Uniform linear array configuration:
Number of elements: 16
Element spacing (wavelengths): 0.75
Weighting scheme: hann
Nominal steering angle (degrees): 60
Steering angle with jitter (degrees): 61.056
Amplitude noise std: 0.05
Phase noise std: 0.05

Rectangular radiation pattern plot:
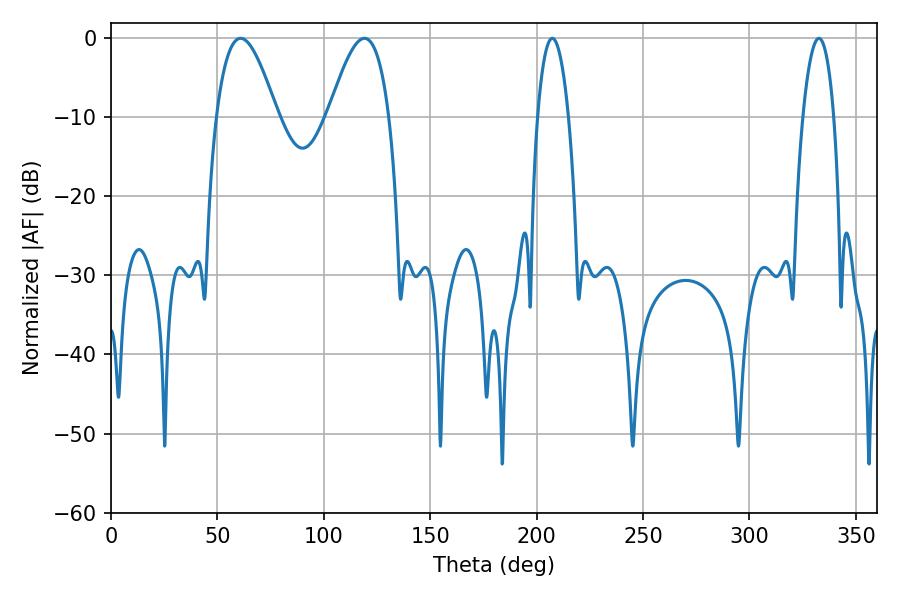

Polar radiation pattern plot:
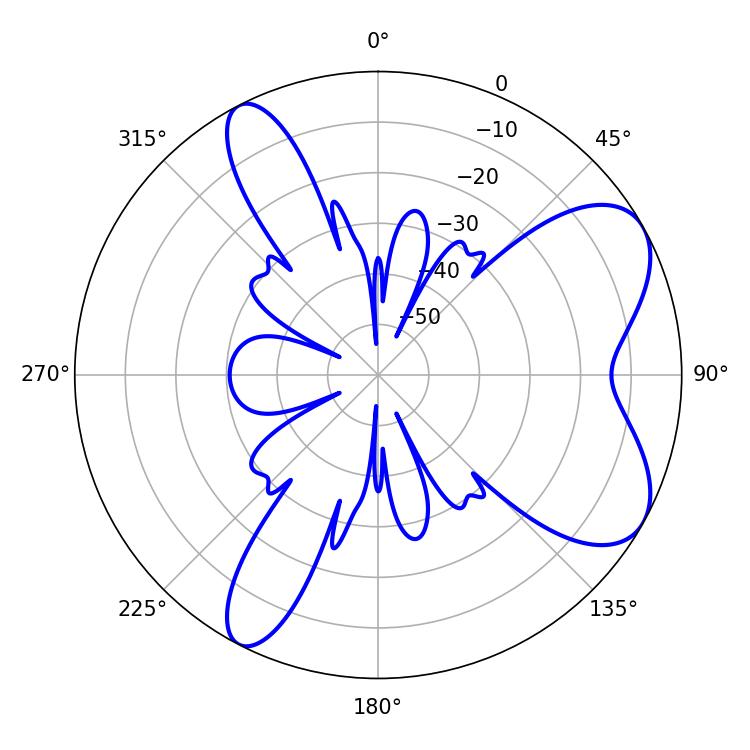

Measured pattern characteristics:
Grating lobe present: TRUE
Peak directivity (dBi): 7.08
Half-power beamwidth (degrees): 8.1
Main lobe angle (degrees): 332.64